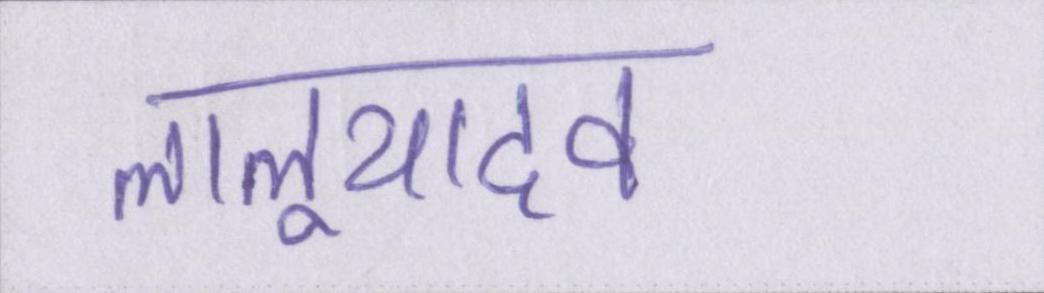
लालूयादव